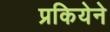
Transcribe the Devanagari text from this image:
प्रकियेने